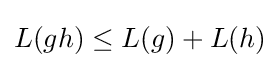
L(gh)\leq L(g)+L(h)